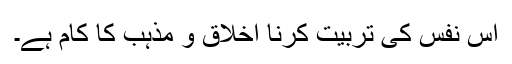
اس نفس کی تربیت کرنا اخلاق و مذہب کا کام ہے۔